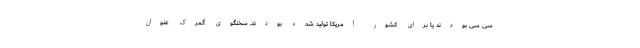
سی سی بودند یا برای کشور آمریکا تولید شده بودند. سخنگوی گمرک عنوان